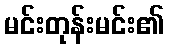
မင်းတုန်းမင်း၏